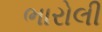
ભારોલી